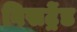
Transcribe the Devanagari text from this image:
विसट्रेंड